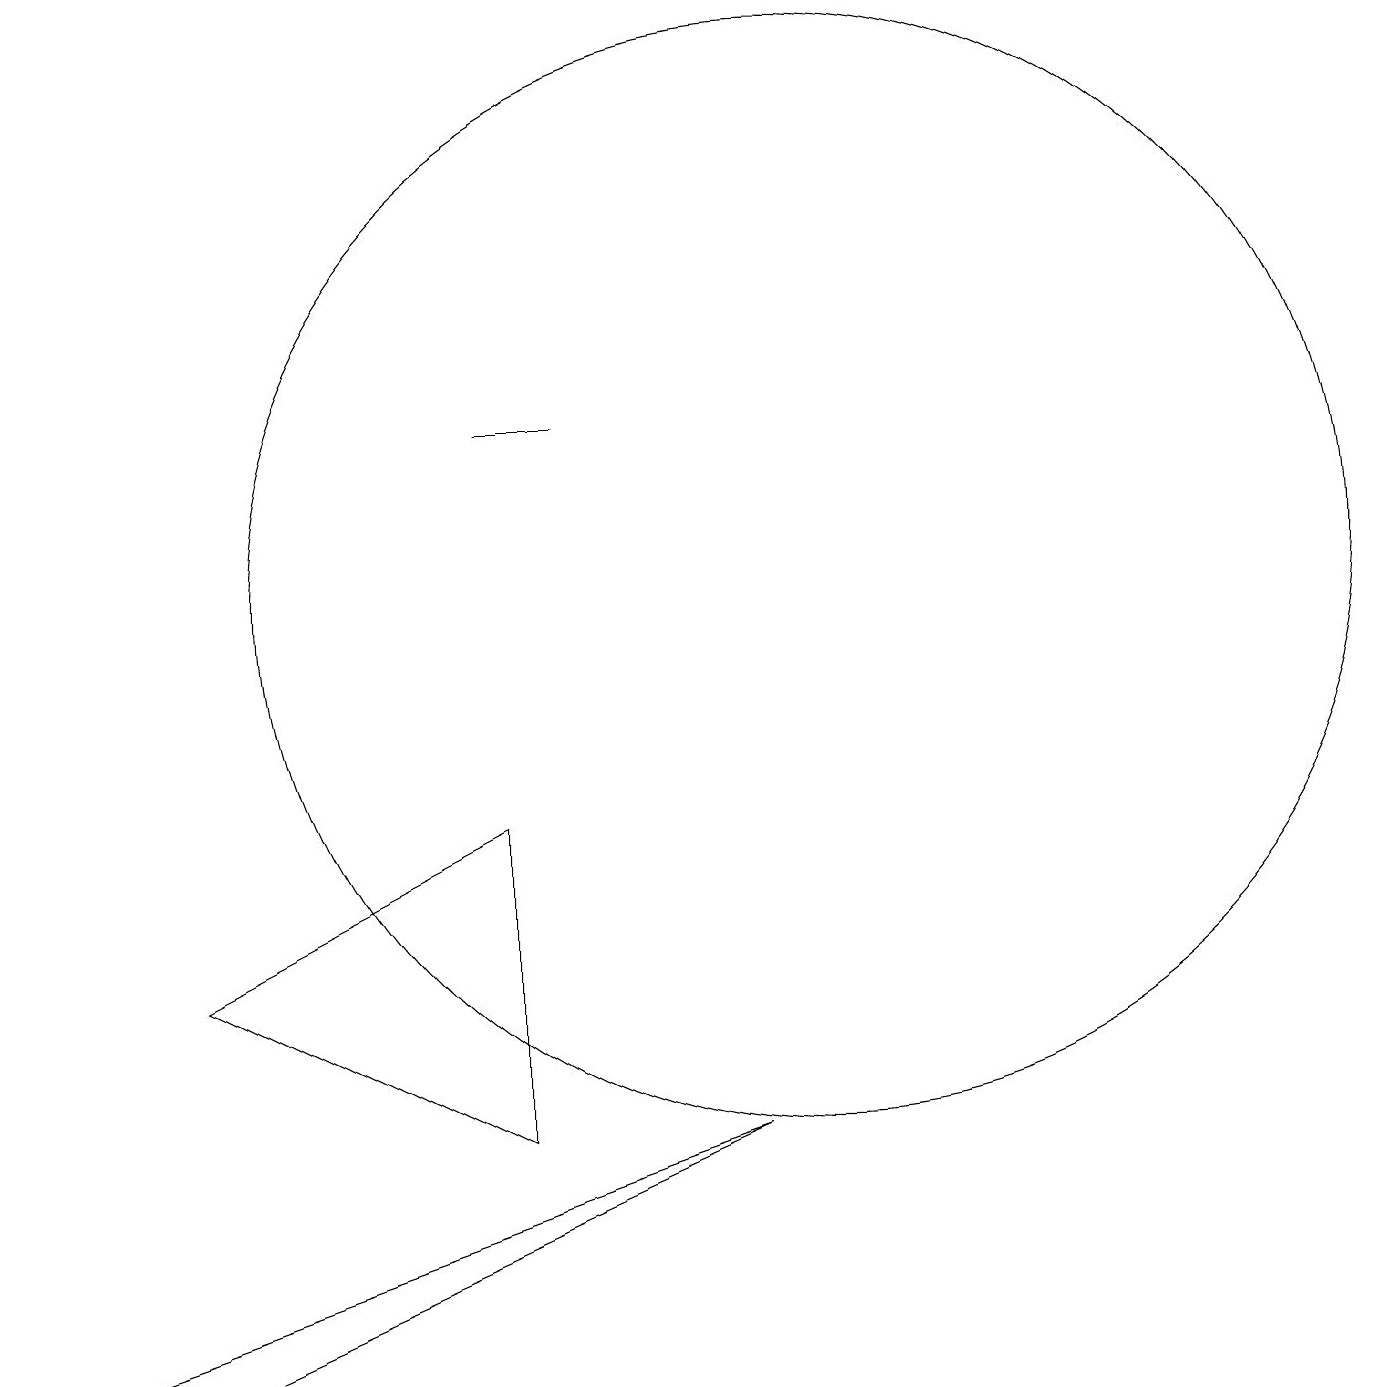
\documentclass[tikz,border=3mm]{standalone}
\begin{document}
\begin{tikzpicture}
\draw (9,5) -- (2,2) -- (0,2) -- cycle;
\draw (6,14) rectangle (7,14);
\draw (10,12) circle (7);
\draw (6,5) -- (6,9) -- (2,7) -- cycle;
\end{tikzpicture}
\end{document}